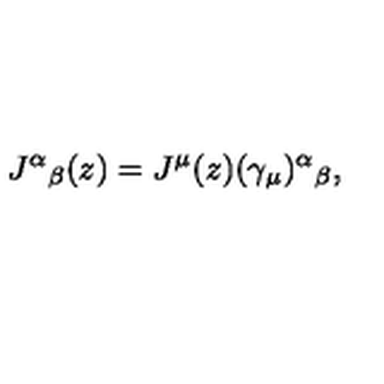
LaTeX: J ^ { \alpha } { } _ { \beta } ( z ) = J ^ { \mu } ( z ) ( \gamma _ { \mu } ) ^ { \alpha } { } _ { \beta } ,